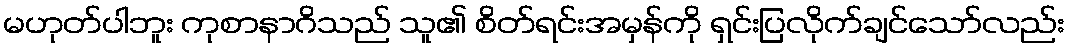
မဟုတ်ပါဘူး ကုစာနာဂိသည် သူ၏ စိတ်ရင်းအမှန်ကို ရှင်းပြလိုက်ချင်သော်လည်း